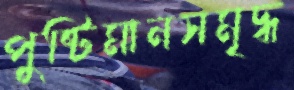
পুষ্টিমানসমৃদ্ধ